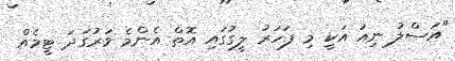
"އަސްލު ނިއު އަކީ މި ފަހަރު ލީގުގައި އޮތް އެންމެ ވަރުގަދަ ޓީމެއް